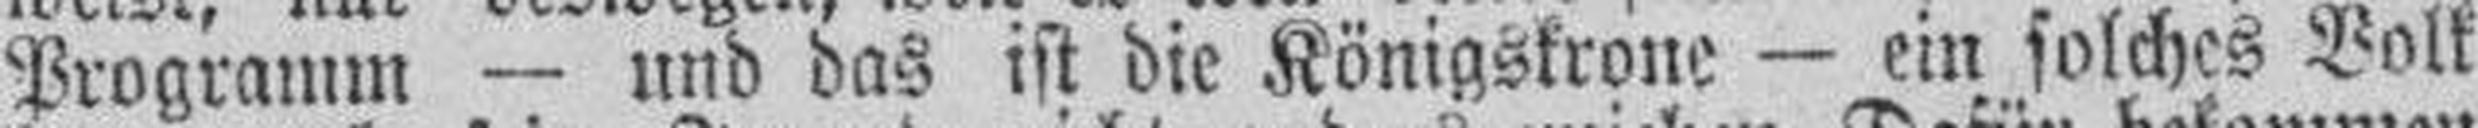
Programm — und das ist die Königskrone — ein solches Volk